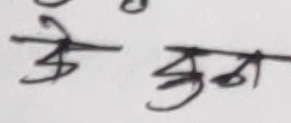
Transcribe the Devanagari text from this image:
के कुन